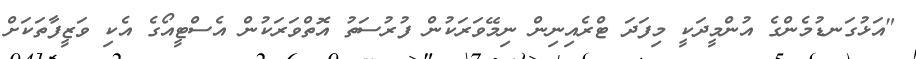
"އަޅުގަނޑުމެންގެ އުންމީދަކީ މިފަދަ ޓްރެއިނިން ނިމޭވަރަކުން ފުރުސަތު އޮތްވަރަކުން އެސްޓީއޯގެ އެކި ވަޒީފާތަކަށް